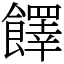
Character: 䭞